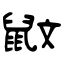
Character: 鼤